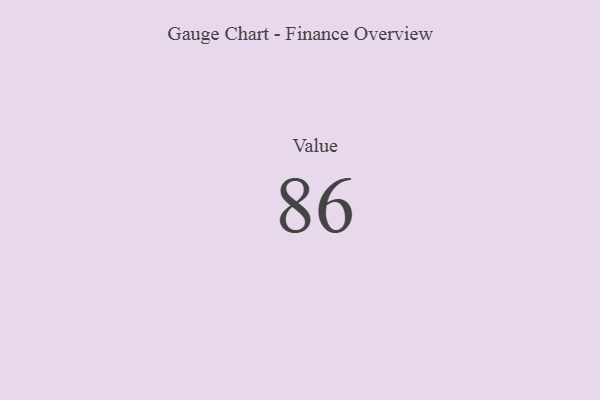
{"axis": {"x": "Metric", "y": "Value"}, "legend": [""], "data": [{"x": "Value", "y": 86, "type": ""}]}